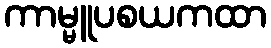
ကာမ္မူပစယကထာ